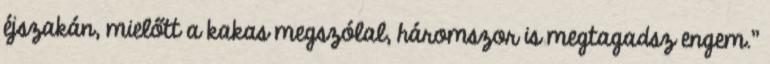
éjszakán, mielőtt a kakas megszólal, háromszor is megtagadsz engem.''